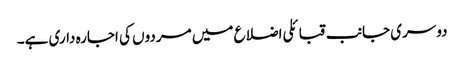
دوسری جانب قبائلی اضلاع میں مردوں کی اجارہ داری ہے۔